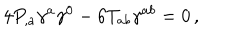
4 P _ { , a } \gamma ^ { a } \gamma ^ { 0 } - 6 T _ { a b } \gamma ^ { a b } = 0 \, ,